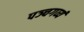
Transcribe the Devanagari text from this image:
पञ्चगव्यं